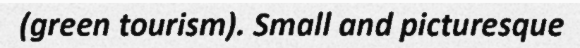
(green tourism). Small and picturesque